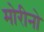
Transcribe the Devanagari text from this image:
मोरीनो